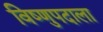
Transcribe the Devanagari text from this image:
विष्णुपदाला